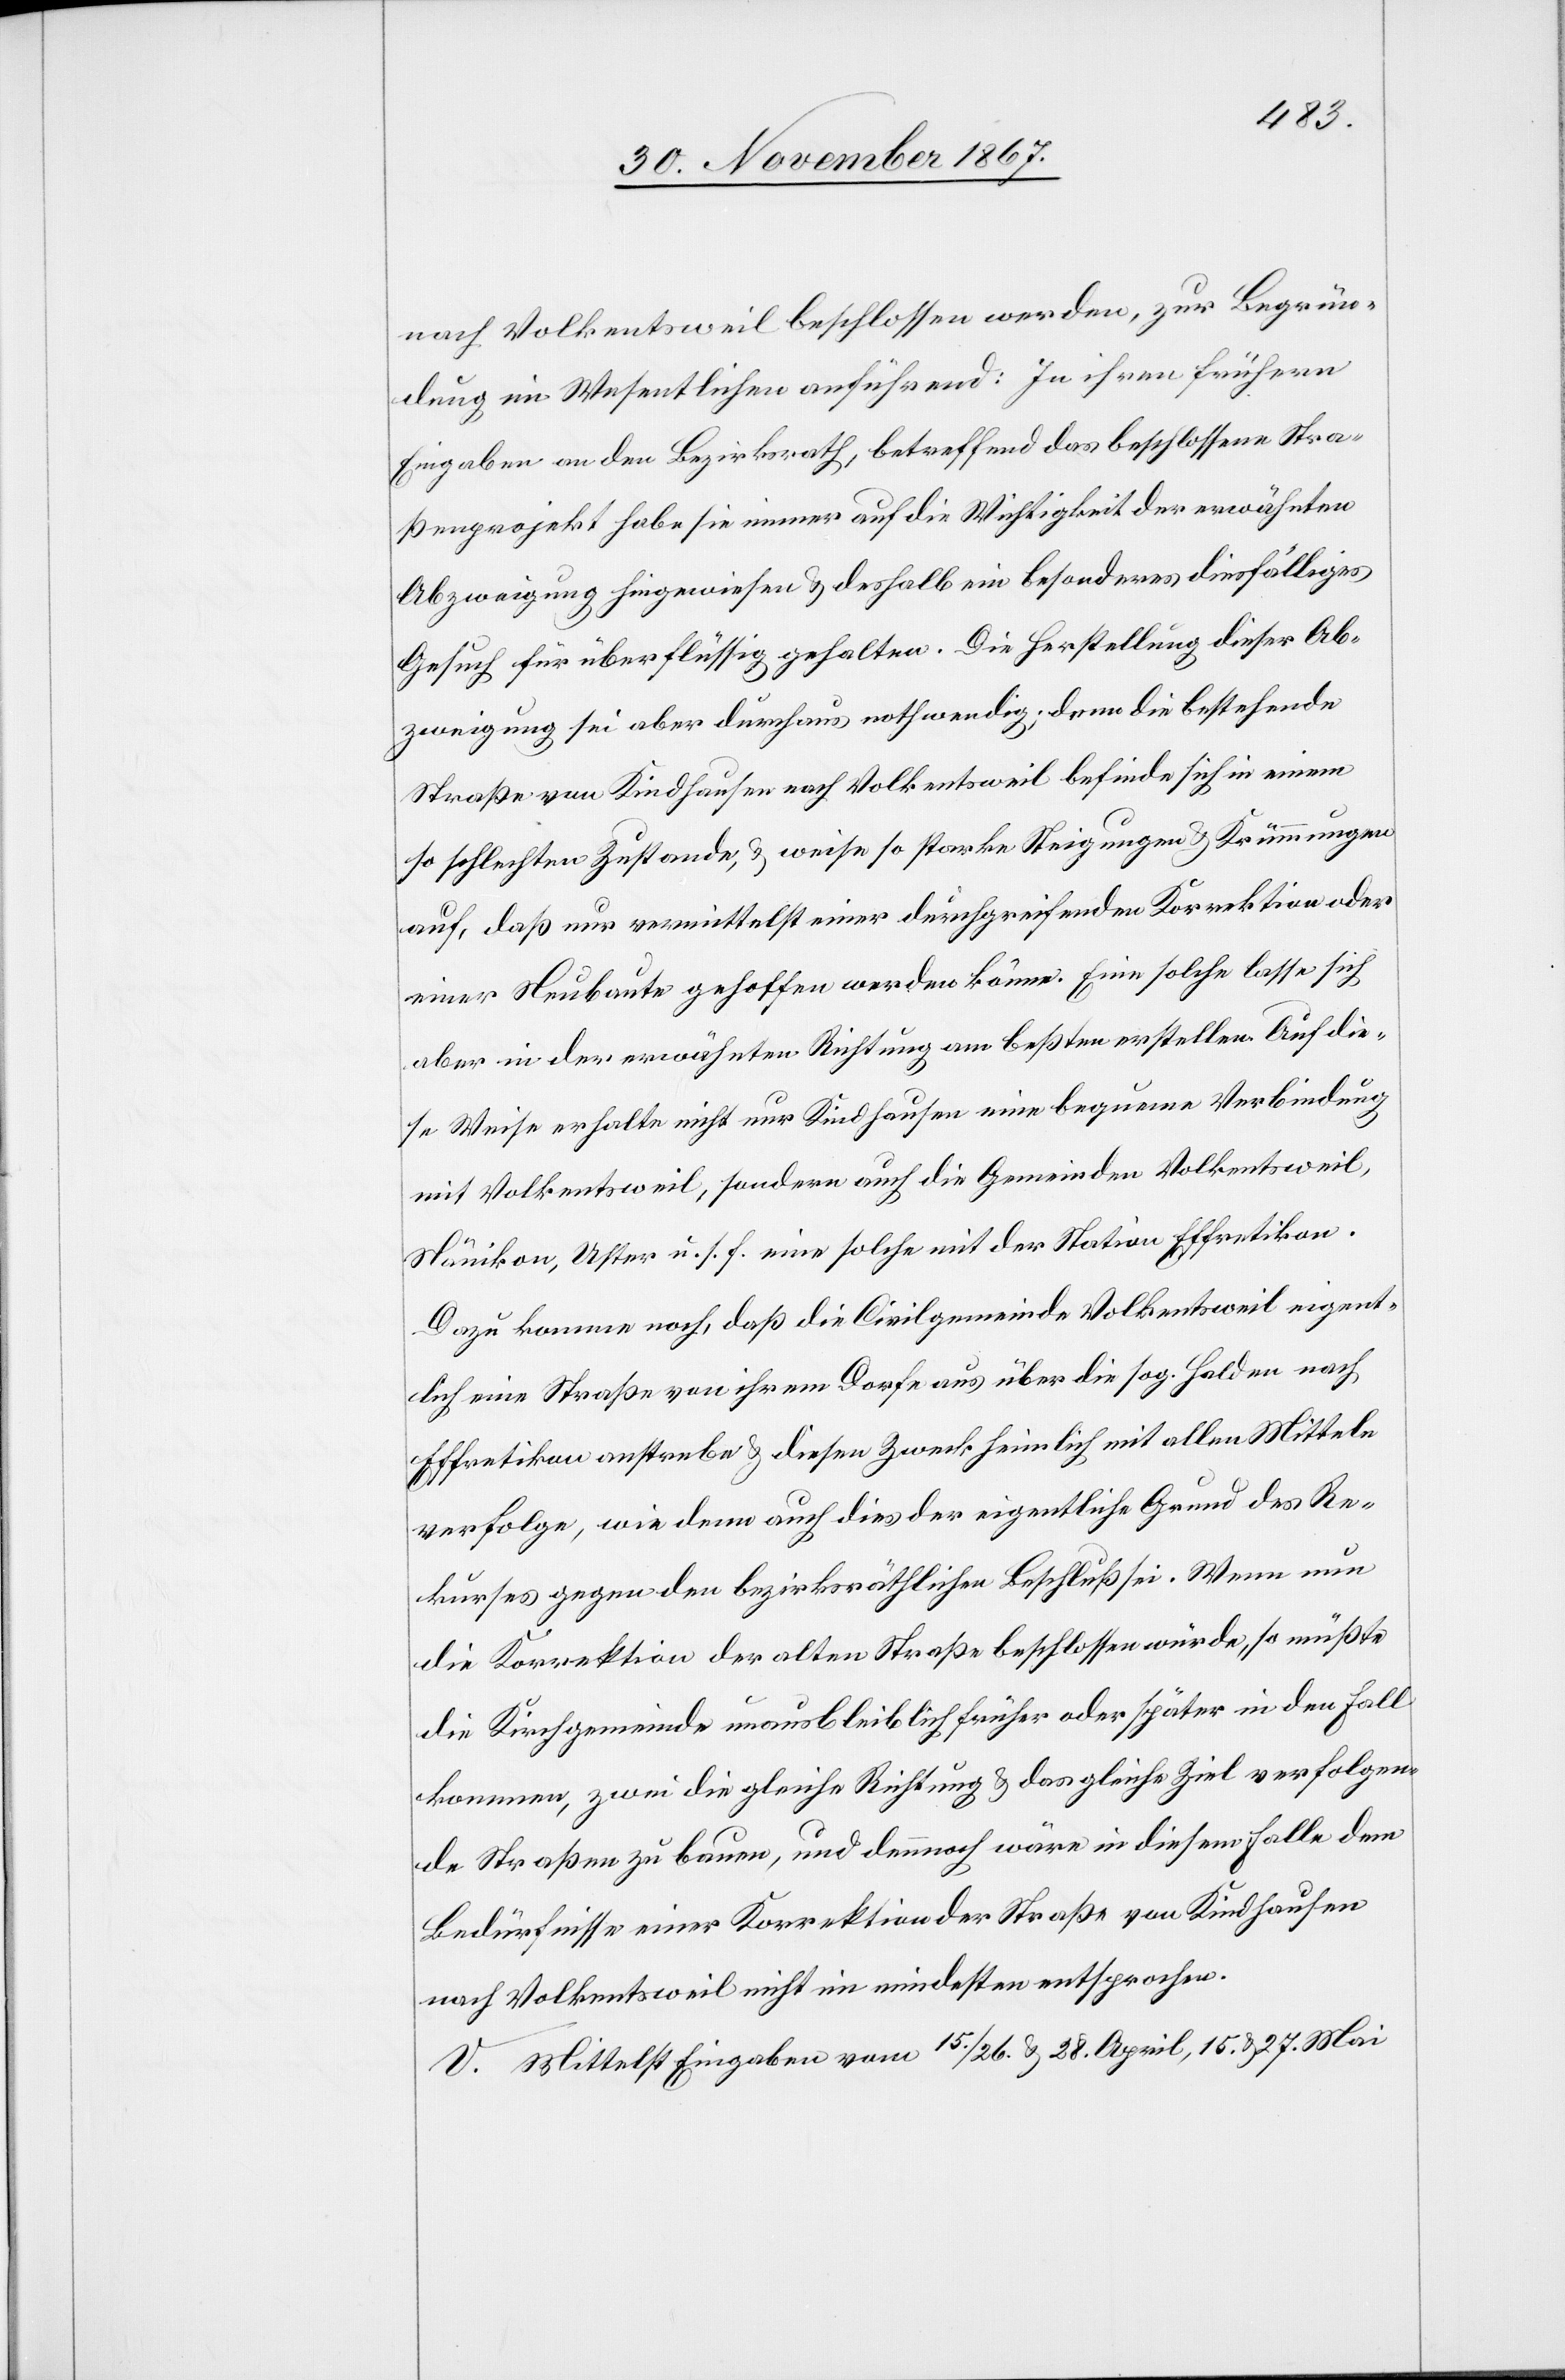
nach Volkentsweil beschlossen werden, zur Begrün¬
dung im Wesentlichen anführend: In ihren frühern
Eingaben an den Bezirksrath, betreffend das beschlossene Stra¬
ßenprojekt habe sie immer auf die Wichtigkeit der erwähnten
Abzweigung hingewiesen u. deshalb ein besonderes diesfälliges
Gesuch für überflüssig gehalten. Die Herstellung dieser Ab¬
zweigung sei aber durchaus nothwendig; denn die bestehende
Straße von Kindhausen nach Volkentsweil befinde sich in einem
so schlechten Zustande; u. weise so starke Steigungen u. Krümmungen
auf, daß nur vermittelst einer durchgreifenden Korrektion oder
einer Neubaute geholfen werden könne. Eine solche lasse sich
aber in der erwähnten Richtung am beßten erstellen. Auf die¬
se Weise erhalte nicht nur Kindhausen eine bequeme Verbindung
mit Volkentsweil, sondern auch die Gemeinden Volkentsweil,
Nänikon, Uster u. s. f. eine solche mit der Station Effretikon.
Dazu komme noch, daß die Civilgemeinde Volkentsweil eigent¬
lich eine Straße von ihrem Dorfe aus über die sog. Halden nach
Effretikon anstrebe u. diesen Zweck heimlich mit allen Mitteln
verfolge, wie denn auch dies der eigentliche Grund des Re¬
kurses gegen den bezirksräthlichen Beschluß sei. Wenn nun
die Korrektion der alten Straße beschlossen würde, so müßte
die Kirchgemeinde unausbleiblich früher oder später in den Fall
kommen, zwei die gleiche Richtung u. das gleiche Ziel verfolgen¬
de Straßen zu bauen, und dennoch wäre in diesem Falle dem
Bedürfnisse einer Korrektion der Straße von Kirchhausen
nach Volkentsweil nicht im mindesten entsprochen.
V. Mittelst Eingaben vom 15./26. u. 28. April, 15. u. 27. Mai